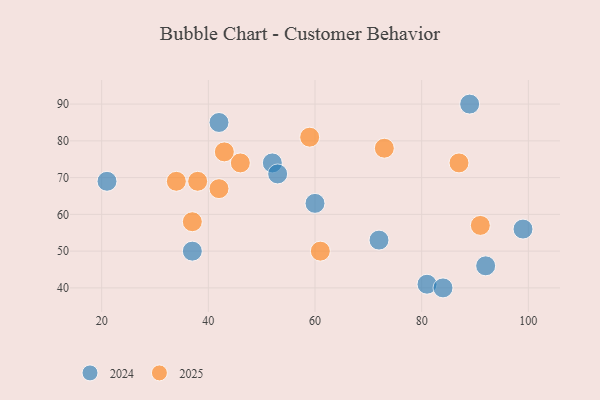
{"axis": {"x": "GDP", "y": "Life Expectancy"}, "legend": ["2024", "2025"], "data": [{"x": "81", "y": 41, "type": "2024"}, {"x": "37", "y": 50, "type": "2024"}, {"x": "72", "y": 53, "type": "2024"}, {"x": "84", "y": 40, "type": "2024"}, {"x": "89", "y": 90, "type": "2024"}, {"x": "92", "y": 46, "type": "2024"}, {"x": "21", "y": 69, "type": "2024"}, {"x": "99", "y": 56, "type": "2024"}, {"x": "60", "y": 63, "type": "2024"}, {"x": "42", "y": 85, "type": "2024"}, {"x": "52", "y": 74, "type": "2024"}, {"x": "53", "y": 71, "type": "2024"}, {"x": "38", "y": 69, "type": "2025"}, {"x": "73", "y": 78, "type": "2025"}, {"x": "46", "y": 74, "type": "2025"}, {"x": "87", "y": 74, "type": "2025"}, {"x": "42", "y": 67, "type": "2025"}, {"x": "34", "y": 69, "type": "2025"}, {"x": "37", "y": 58, "type": "2025"}, {"x": "91", "y": 57, "type": "2025"}, {"x": "59", "y": 81, "type": "2025"}, {"x": "43", "y": 77, "type": "2025"}, {"x": "61", "y": 50, "type": "2025"}]}